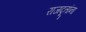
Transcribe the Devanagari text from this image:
राजदूतांना